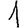
Digit: 1